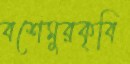
বশেমুরকৃবি